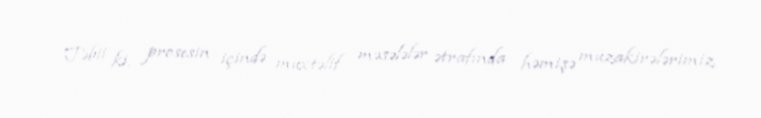
Təbii ki, prosesin içində müxtəlif məsələlər ətrafında həmişə müzakirələrimiz